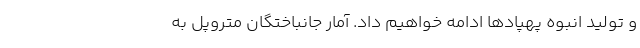
و تولید انبوه پهپاد‌ها ادامه خواهیم داد. آمار جانباختگان متروپل به